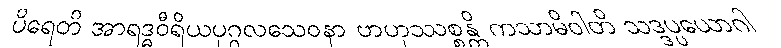
ပိရေတိ အာရဒ္ဓဝီရိယပုဂ္ဂလသေဝနာ ဗာဟုဿစ္စန္တိ ကသာမိဝါတိ သဒ္ဒပ္ပယောဂါ